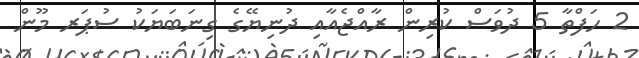
2 ހަފްތާ 5 ދުވަސް ކުރިން ރާއްޖެއާއި ދުނިޔޭގެ ގިނަބަޔަކު ސުޕަރ މޫން